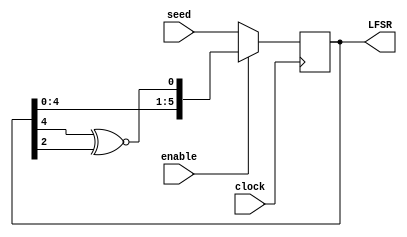
module LFSR(clock, enable, seed, LFSR);


	input clock;
	input [5:0] seed;
	input enable;
	
	
	output reg [5:0] LFSR = 0;
	
	
	reg XNOR;
	
		
	always @(posedge clock)
	begin
		if (enable)	LFSR <= {LFSR[4:0], XNOR};
		else LFSR <= seed;
	end
	
	always @(*)
	begin
		XNOR = LFSR[4] ^~ LFSR[2];
	end
	
endmodule